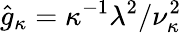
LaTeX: \hat{g}_{\kappa}=\kappa^{-1}\lambda^{2}/\nu_{\kappa}^{2}